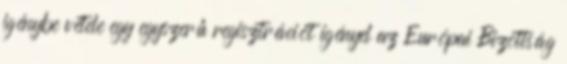
igénybe vétele egy egyszerű regisztrációt igényel az Európai Bizottság